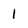
Character: 1